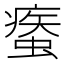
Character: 𧎿